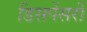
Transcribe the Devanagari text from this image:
डिसपेंसरी